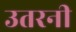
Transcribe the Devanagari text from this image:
उतरनी